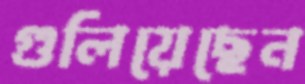
গুলিয়েছেন